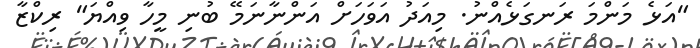
"އަޅެ މަންމަ ރަނގަޅެއްނު. މިއަދު އަވަހަށް އަންނާނަމޭ ބުނި މީހާ ވިއްޔަ" ރިކްޒާ